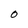
Character: O